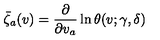
\bar { \zeta } _ { a } ( v ) = \frac { \partial } { \partial v _ { a } } \ln \theta ( v ; \gamma , \delta )